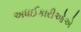
અધઈકારીઓએ